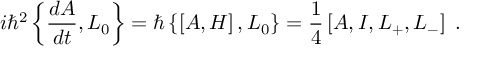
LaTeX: i \hbar ^ { 2 } \left\{ \frac { d A } { d t } , L _ { 0 } \right\} = \hbar \left\{ \left[ A , H \right] , L _ { 0 } \right\} = \frac { 1 } { 4 } \left[ A , I , L _ { + } , L _ { - } \right] \; .